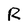
Character: R